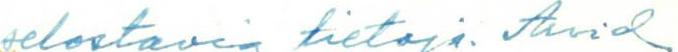
selostavia tietoja. Arvid